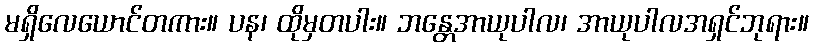
မရှိလေယောင်တကား။ ပန၊ ထိုမှတပါး။ ဘန္တေအာယုပါလ၊ အာယုပါလအရှင်ဘုရား။